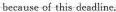
because of this deadline.